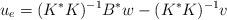
LaTeX: \begin{align*}u_e=(K^*K)^{-1}B^*w-(K^*K)^{-1}v\end{align*}